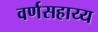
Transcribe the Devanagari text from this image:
वर्णसहाय्य